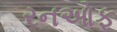
રનઓફ